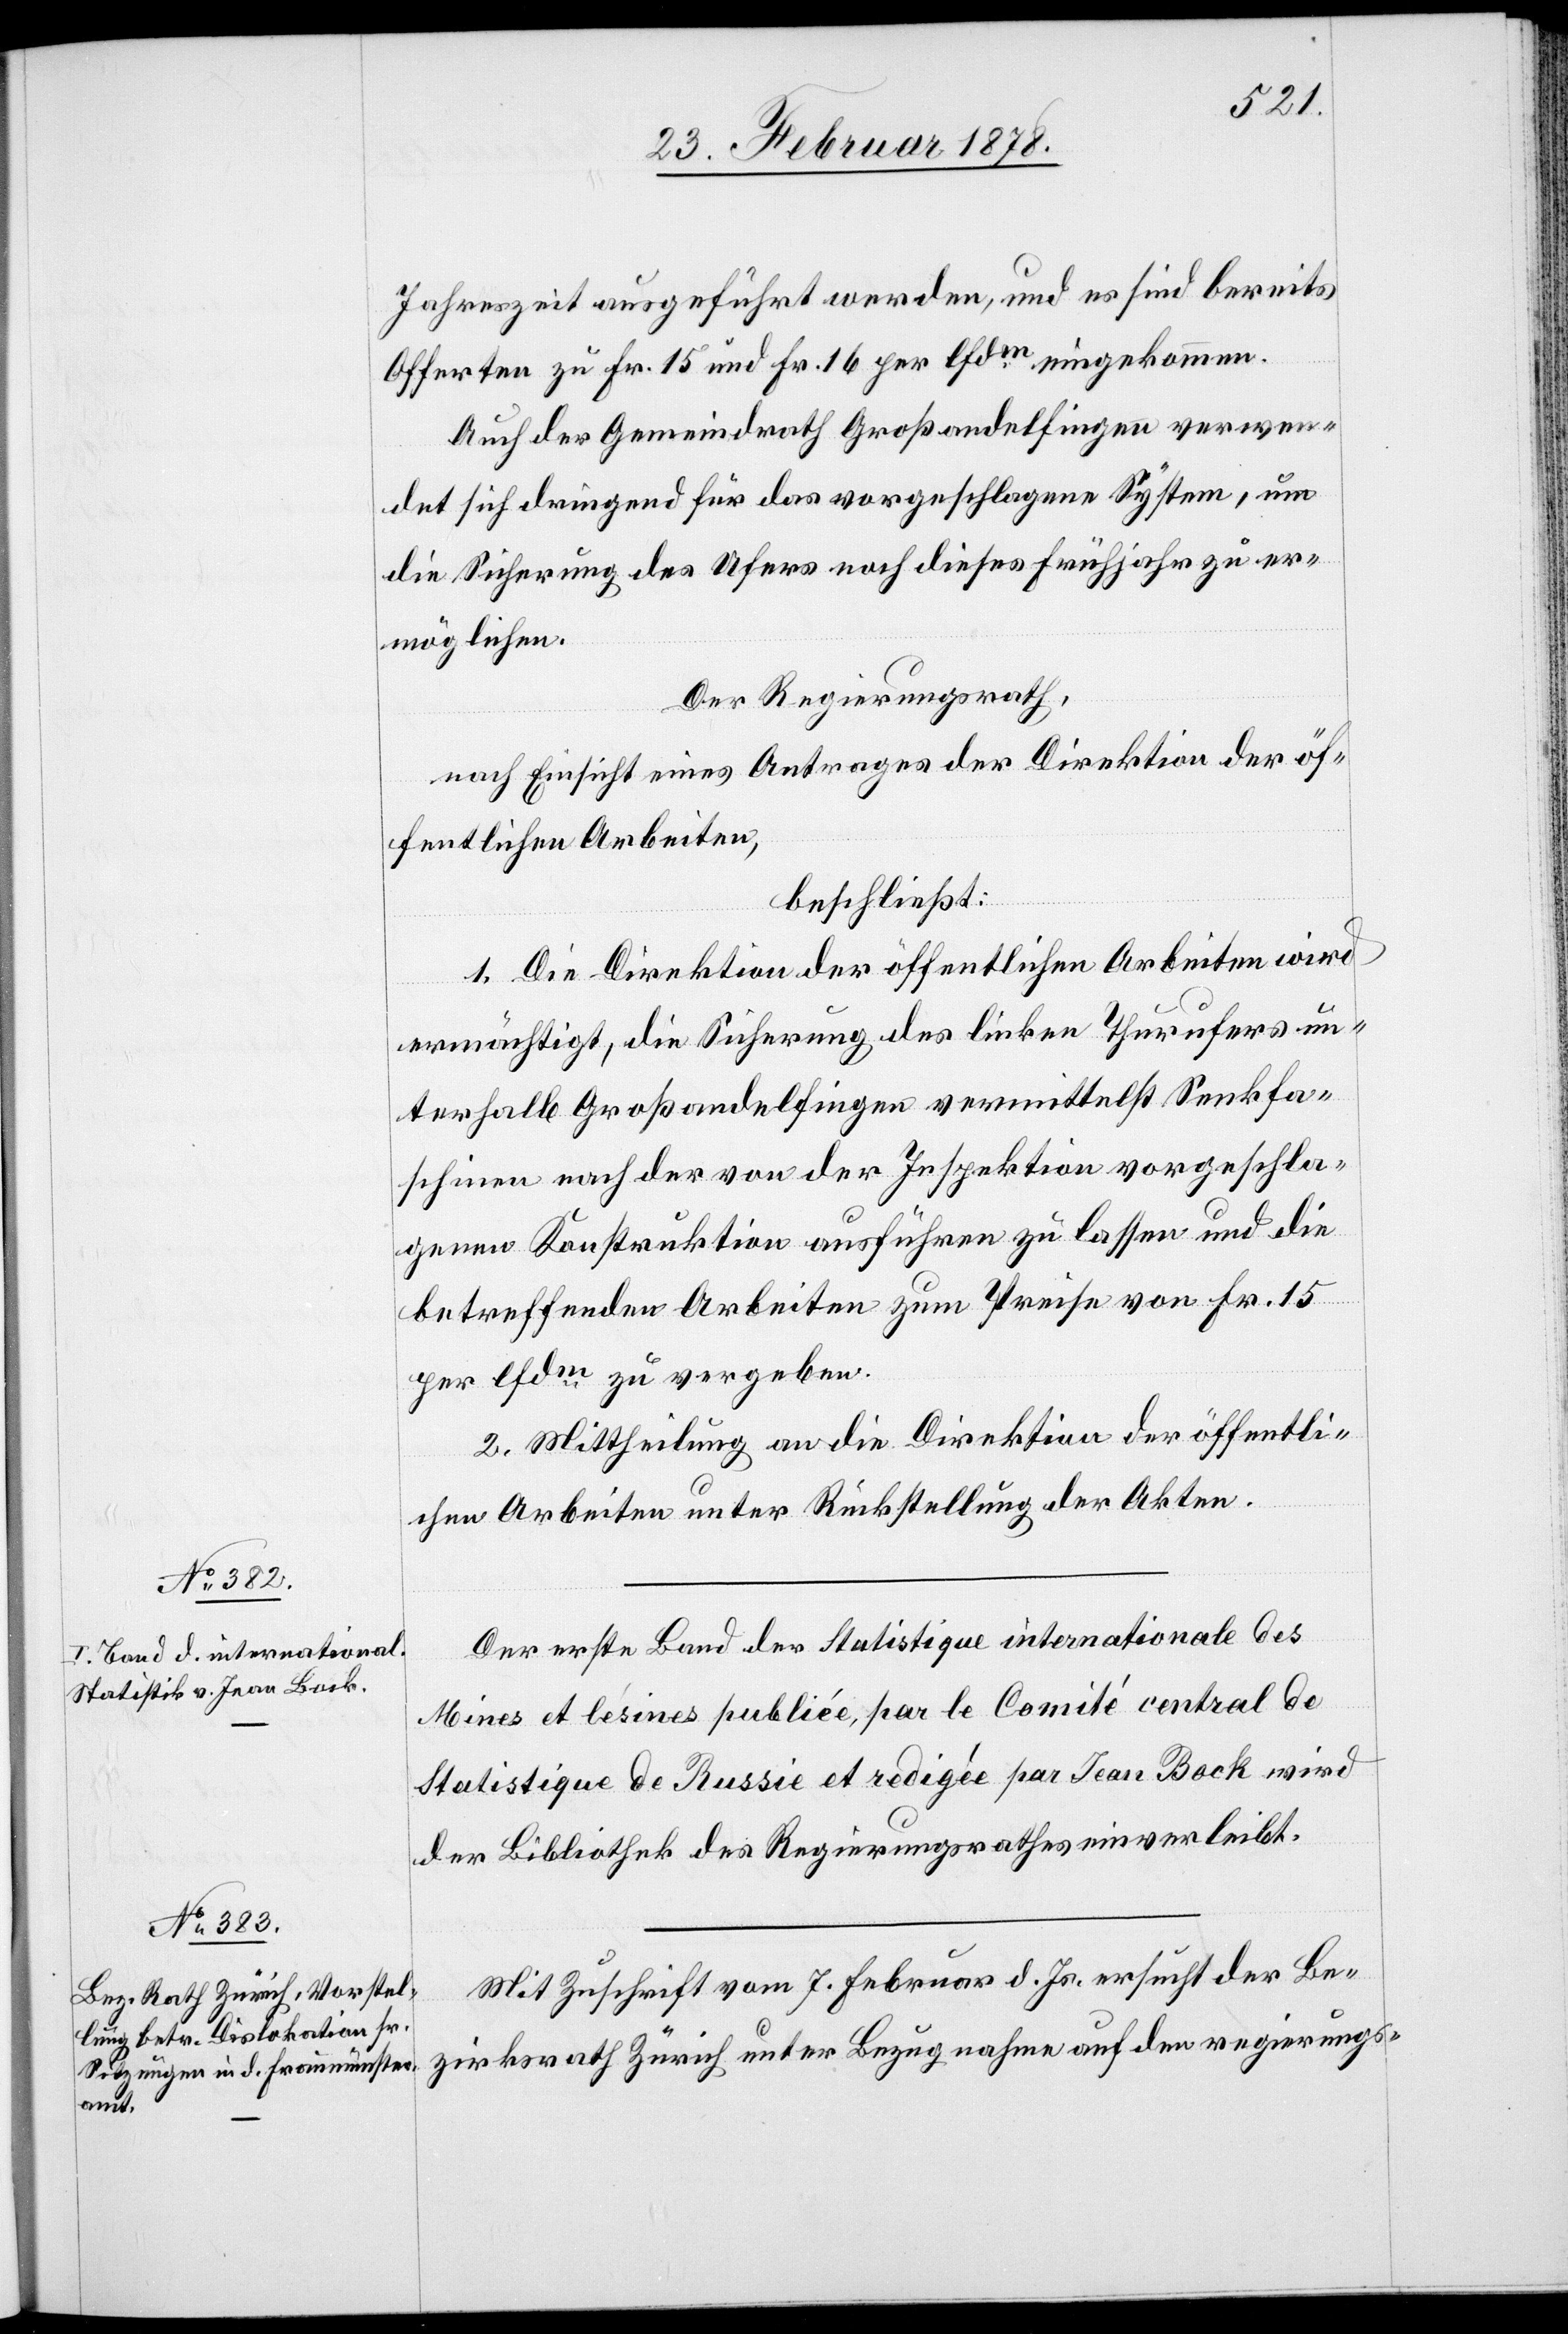
Jahreszeit ausgeführt werden, und es sind bereits
Offerten zu Fr. 15 und Fr. 16 per lfdm eingekommen.
Auch der Gemeindrath Großandelfingen verwen¬
det sich dringend für das vorgeschlagene System, um
die Sicherung des Ufers noch dieses Frühjahr zu er¬
möglichen.
Der Regierungsrath,
nach Einsicht eines Antrages der Direktion der öf¬
fentlichen Arbeiten,
beschließt:
1. Die Direktion der öffentlichen Arbeiten wird
ermächtigt, die Sicherung des linken Thurufers un¬
terhalb Großandelfingen vermittelst Senkfa¬
schinen nach der von der Inspektion vorgeschla¬
genen Konstruktion ausführen zu lassen und die
betreffenden Arbeiten zum Preise von Fr. 15
per lfdm zu vergeben.
2. Mittheilung an die Direktion der öffentli¬
chen Arbeiten unter Rückstellung der Akten.
Der erste Band der Statistique internationale des
Mines et lésines publiée par le Comité central de
Statistique de Russie et redigée par Jean Bock wird
der Bibliothek des Regierungsrathes einverleibt.
Mit Zuschrift vom 7. Februar d. Js. ersucht der Be¬
zirksrath Zürich unter Bezugnahme auf den regierungs-